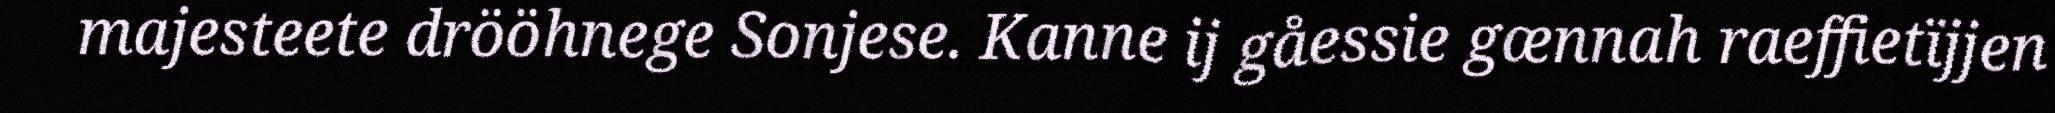
majesteete drööhnege Sonjese. Kanne ij gåessie gænnah raeffietïjjen